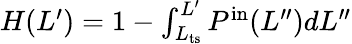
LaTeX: \begin{array}{r}{H(L^{\prime})=1-\int_{L_{\mathrm{ts}}}^{L^{\prime}}P^{\mathrm{in}}(L^{\prime\prime})dL^{\prime\prime}}\end{array}